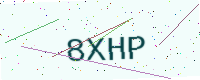
Text: 8XHP